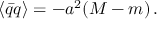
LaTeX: \langle \bar { q } q \rangle = - a ^ { 2 } ( M - m ) \, .